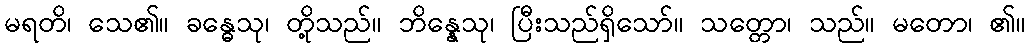
မရတိ၊ သေ၏။ ခန္ဓေသု၊ တို့သည်။ ဘိန္နေသု၊ ပြီးသည်ရှိသော်။ သတ္တော၊ သည်။ မတော၊ ၏။